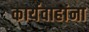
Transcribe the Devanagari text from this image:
कार्यवाहांना